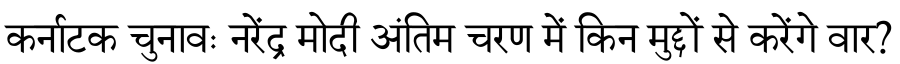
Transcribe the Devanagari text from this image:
कर्नाटक चुनावः नरेंद्र मोदी अंतिम चरण में किन मुद्दों से करेंगे वार?